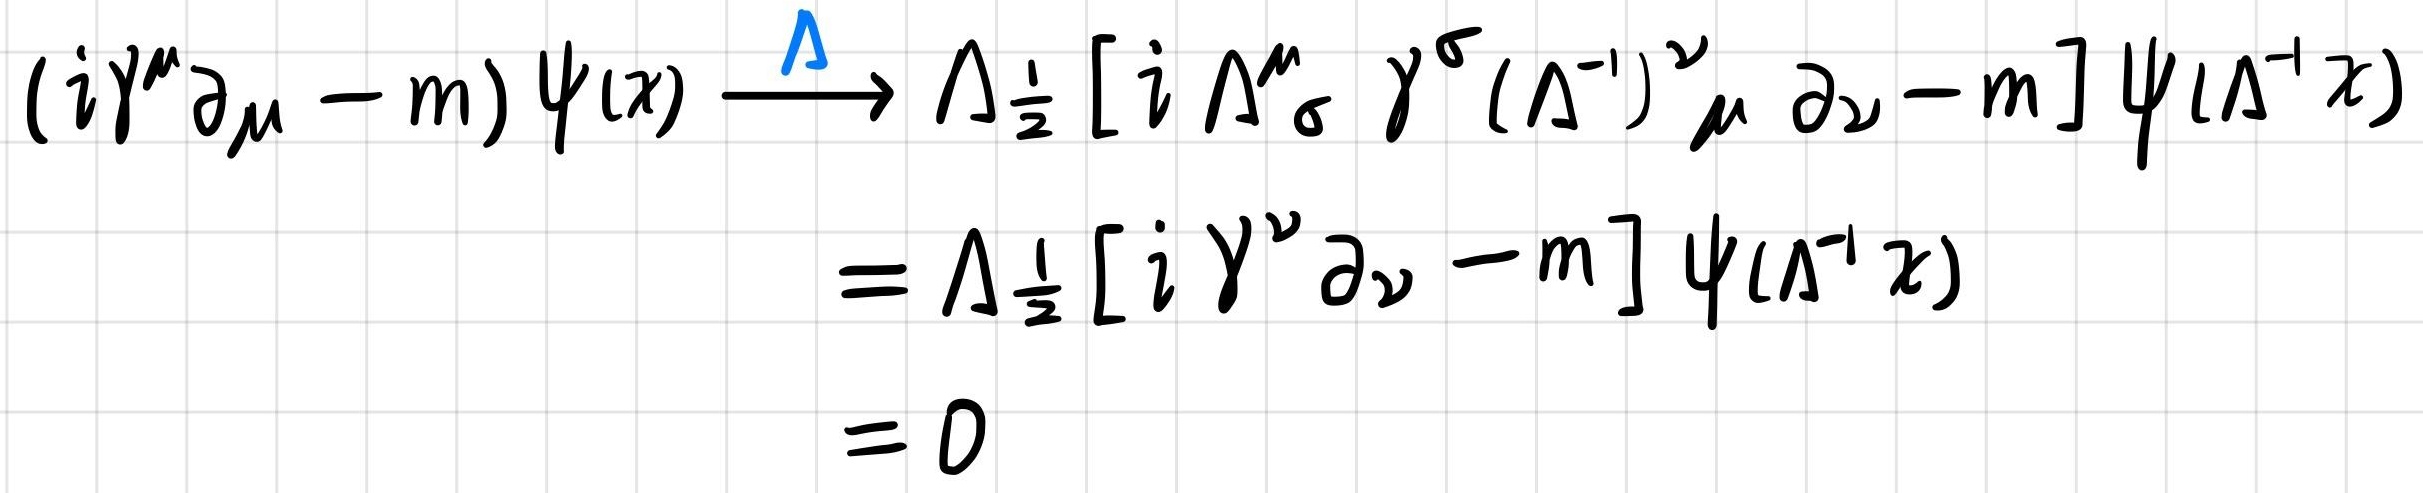
$(i \gamma^{\mu} \partial_{\mu}-m) \psi(x) \stackrel{\Lambda}{\longrightarrow} \Lambda_{\frac{1}{2}}\left[i \Lambda^{\mu}{ }_{\sigma} \gamma^{\sigma}\left(\Lambda^{-1}\right)^{\nu}{ }_{\mu} \partial_{\nu}-m\right] \psi\left(\Lambda^{-1} x\right)$
$=\Lambda_{\frac{1}{2}}\left[i \gamma^{\nu} \partial_{\nu}-m\right] \psi\left(\Lambda^{-1} x\right)$
$=0$